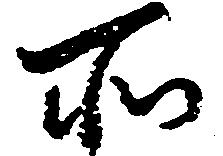
所